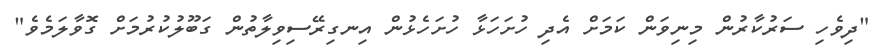
"ދިވެހި ސަރުކާރުން މިނިވަން ކަމަށް އެދި ހުށަހަޅާ ހުށަހެޅުން އިނގިރޭސިވިލާތުން ގަބޫލުކުރުމަށް ގޮވާލަމެވެ"